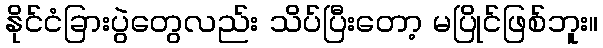
နိုင်ငံခြားပွဲတွေလည်း သိပ်ပြီးတော့ မပြိုင်ဖြစ်ဘူး။